Vaccination in Bombay 1863-1868 - 1863-1868
Year: 1863
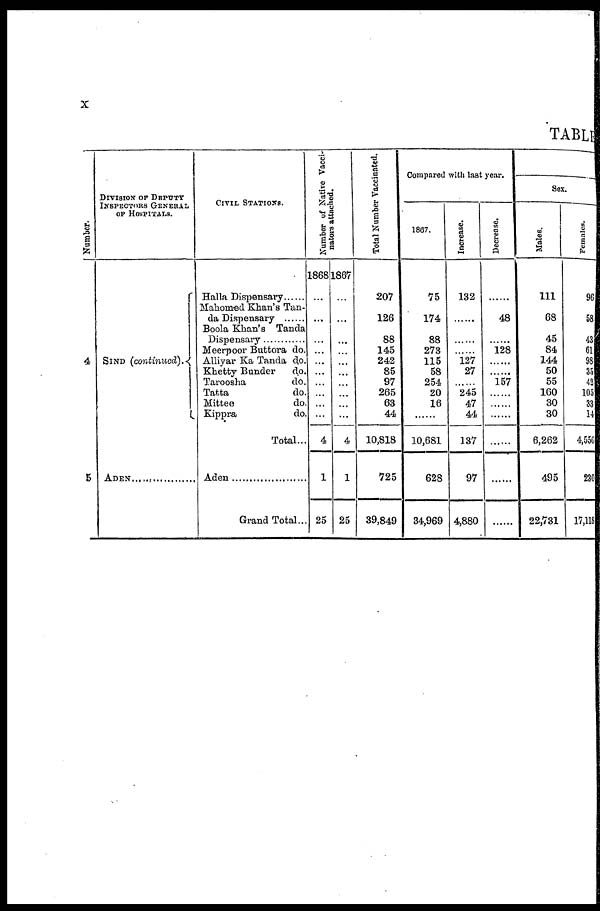
x
TABLE
Number.
4
5
DIVISION OF DEPUTY
INSPECTORS GENERAL
OF HOSPITALS.
SIND (continued).
ADEN ..................
CIVIL STATIONS.
Halla Dispensary......
Mahomed Khan's Tan¬
da Dispensary ......
Boola Khan's Tanda
Dispensary
Meerpoor Buttora do.
Alliyar Ka Tanda do.
Khetty Bander
do.
Taroosha
do.
Tatta
do.
Mittee
do.
Kippra
do.
Total...
Aden ..................
Grand Total...
Number of Native Vacci¬
nators attached.
1868
...
...
...
...
...
...
...
...
...
...
4
1
25
1867
...
...
...
...
...
...
...
...
...
...
4
1
25
Total Number Vaccinated.
207
126
88
145
242
85
97
265
63
44
10,818
725
39,849
Compared with last year.
1867.
75
174
88
273
115
58
254
20
16
......
10,681
628
34,969
Increase.
132
......
......
......
127
27
......
245
47
44
137
97
4,880
Decrease.
......
48
......
128
......
......
157
......
......
......
......
......
......
Sex.
Males.
111
68
45
84
144
50
55
160
30
30
6,262
495
22,731
Females.
96
58
43
61
98
35
42
105
33
14
4,556
230
17,118